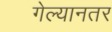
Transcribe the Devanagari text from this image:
गेल्यानतर